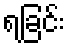
ရခြင်း